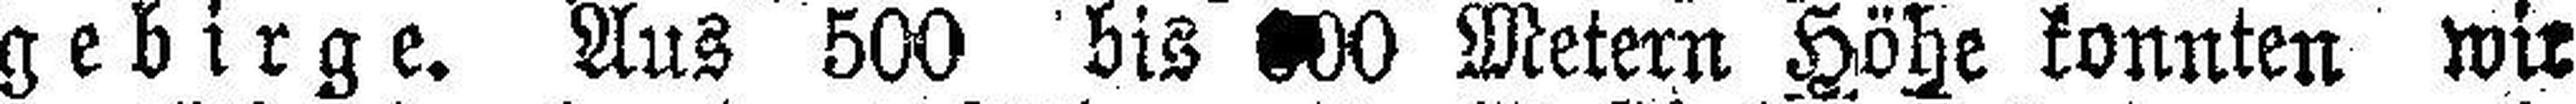
gebirge. Aus 500 bis ###00 Metern Höhe konnten wir